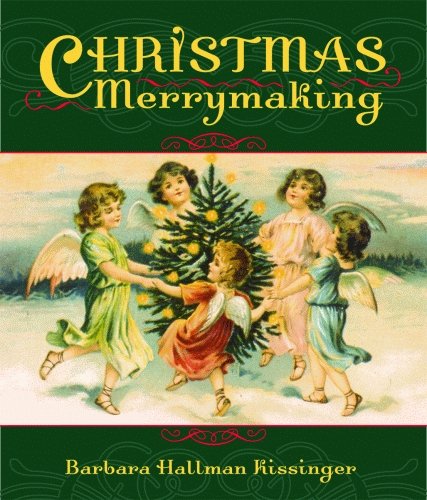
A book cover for Christmas Merrymaking; Barbara Kissinger; Crafts, Hobbies & Home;